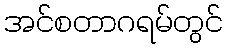
အင်စတာဂရမ်တွင်